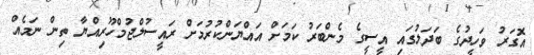
އޮގަރު ވަހީދުގެ ބަދަލުގައި އީސީގެ މެންބަރު ކަމަށް އައްޔަންކުރުމަށް ރައީސުލްޖުމްހޫރިއްޔާ ތިން ނަމެއް